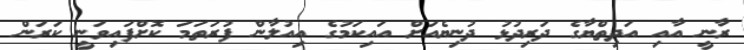
ރާނީ އާއި އަދިތްޔާގެ ދަރިދުޅުު ދުނިޔެއަށް އައިކަމުގެ އިއުލާން ފުރަތަމަ ކޮށްފައިވަނީ ކަރަން